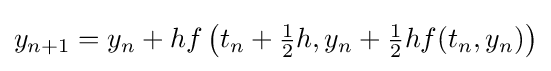
y_{n+1}=y_{n}+hf\left(t_{n}+{\tfrac {1}{2}}h,y_{n}+{\tfrac {1}{2}}hf(t_{n},y_{n})\right)